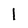
Character: 1